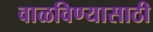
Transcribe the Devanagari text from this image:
वाळविण्यासाठी